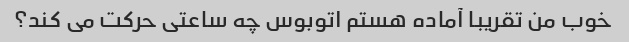
خوب من تقریبا آماده هستم اتوبوس چه ساعتی حرکت می کند؟